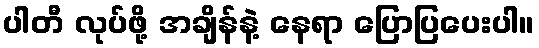
ပါတီ လုပ်ဖို့ အချိန်နဲ့ နေရာ ပြောပြပေးပါ။